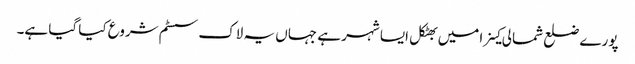
پورے ضلع شمالی کینرا میں بھٹکل ایسا شہر ہے جہاں یہ لاک سسٹم شروع کیا گیا ہے۔